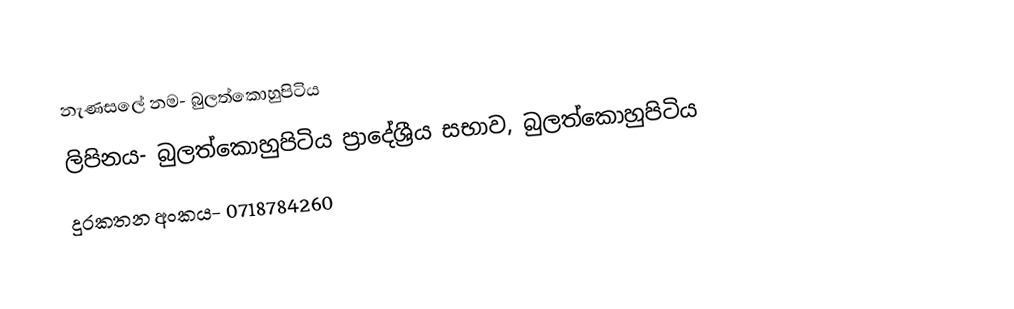
නැණසලේ නම- බුලත්කොහුපිටිය
ලිපිනය- බුලත්කොහුපිටිය ප්‍රාදේශ්‍රීය සභාව, බුලත්කොහුපිටිය
දුරකතන අංකය- 0718784260